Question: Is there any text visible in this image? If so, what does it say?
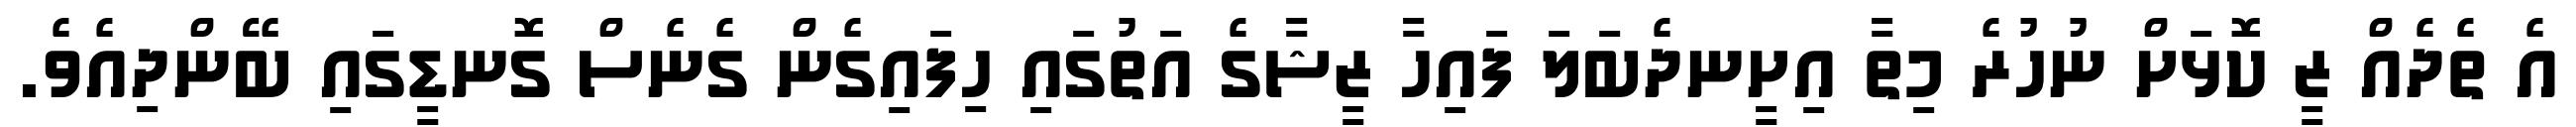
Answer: އެ ތެދެއް ޒީ ކޮޅަށް ނުހުރެ މިތާ އިށީނދެބަލަ ފައިހާ ޒީޝާގެ އަތުގައި ހިފައިގެން ގެނެސް ގޮނޑީގައި ބޭންދިއެވެ.